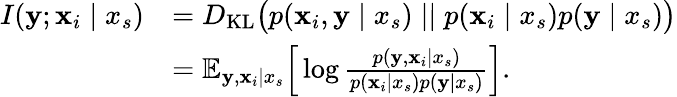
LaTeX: \begin{array}{rl}{I({\mathbf{y}};{\mathbf{x}}_{i}\mid x_{s})}&{=D_{\mathrm{KL}}\big(p({\mathbf{x}}_{i},{\mathbf{y}}\mid x_{s})\mid\mid p({\mathbf{x}}_{i}\mid x_{s})p({\mathbf{y}}\mid x_{s})\big)}\\ &{=\mathbb{E}_{{\mathbf{y}},{\mathbf{x}}_{i}\mid x_{s}}\Big[\log\frac{p({\mathbf{y}},{\mathbf{x}}_{i}\mid x_{s})}{p({\mathbf{x}}_{i}\mid x_{s})p({\mathbf{y}}\mid x_{s})}\Big].}\end{array}